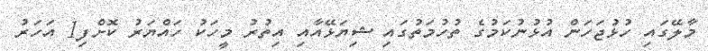
މާލޭގައި ހުޅުޖަހަން އުޅުނުކަމުގެ ތުހުމަތުގައި ޝިޔަޅޭއާއި އިތުރު މީހަކު ހައްޔަރު ކޮށްފި1 އަހަރު